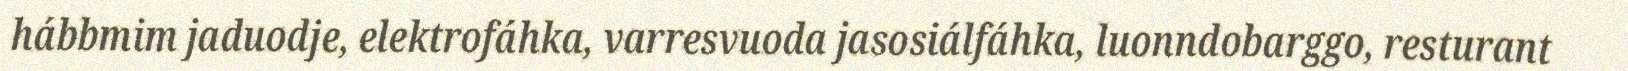
hábbmim jaduodje, elektrofáhka, varresvuoda jasosiálfáhka, luonndobarggo, resturant